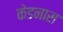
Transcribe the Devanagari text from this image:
केडनास